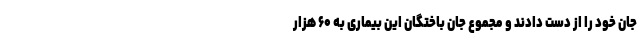
جان خود را از دست دادند و مجموع جان باختگان این بیماری به ۶۰ هزار